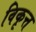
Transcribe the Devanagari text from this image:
विकृत्त